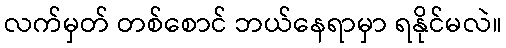
လက်မှတ် တစ်စောင် ဘယ်နေရာမှာ ရနိုင်မလဲ။